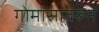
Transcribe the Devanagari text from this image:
गोमांसावरून